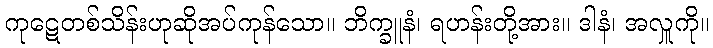
ကုဋေတစ်သိန်းဟုဆိုအပ်ကုန်သော။ ဘိက္ခူနံ၊ ရဟန်းတို့အား။ ဒါနံ၊ အလှူကို။